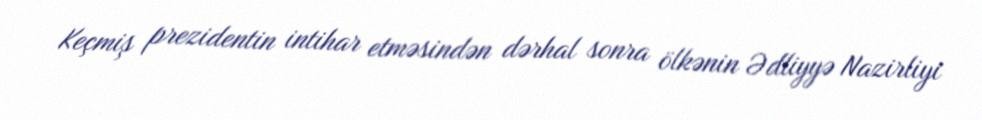
Keçmiş prezidentin intihar etməsindən dərhal sonra ölkənin Ədliyyə Nazirliyi